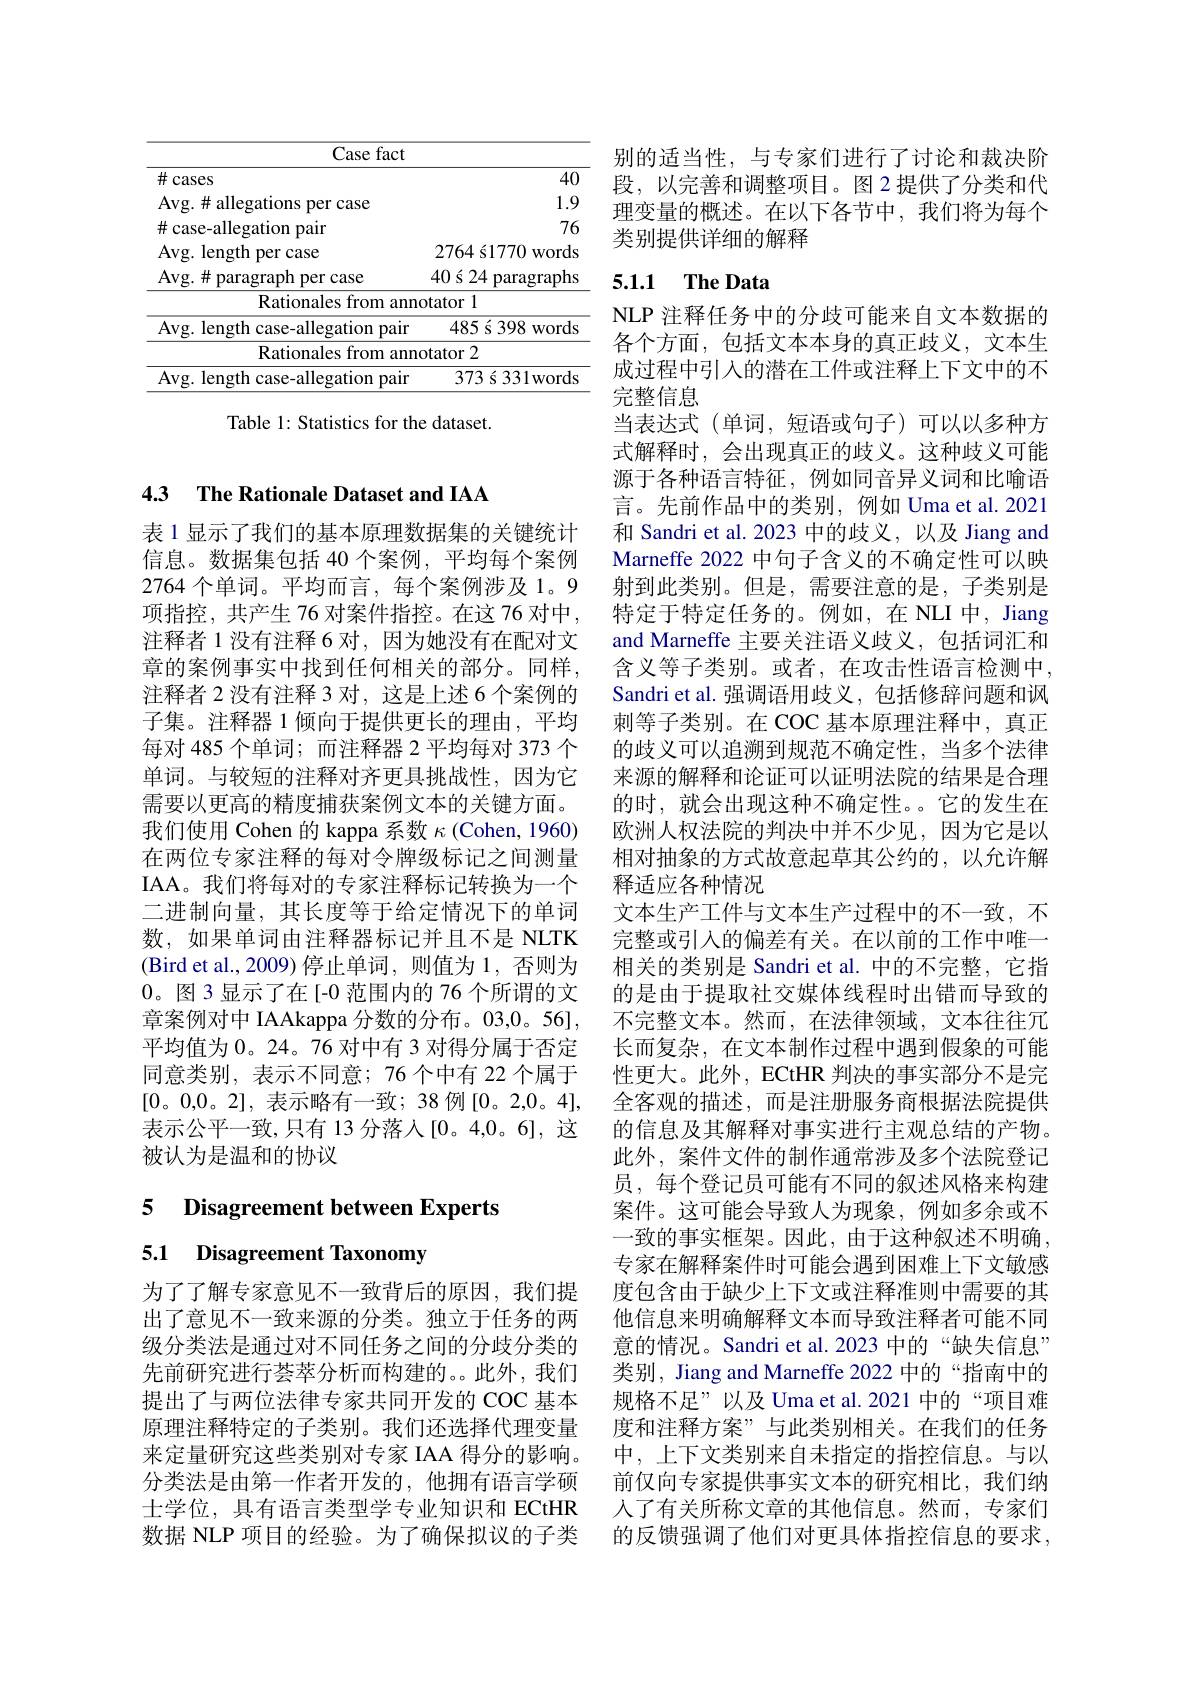
<table>
	<tbody>
		<tr>
			<th>Case fact</th>
			<th> </th>
		</tr>
		<tr>
			<td>$\#$cases</td>
			<td>40</td>
		</tr>
		<tr>
			<td>Avg.#allegations per case</td>
			<td>1.9</td>
		</tr>
		<tr>
			<td>$\#$ case-allegation pair</td>
			<td>76</td>
		</tr>
		<tr>
			<td>Avg.# paragraph per case</td>
			<td>$)\acute{\mathrm{s}}24$ paragraphs</td>
		</tr>
		<tr>
			<td>${\mathrm{Rationales~from~annd}}$</td>
			<td>tor 1</td>
		</tr>
		<tr>
			<td>Avg. length case-allegation pair</td>
			<td>$485\text{\' {s}398}$ 1 WOrds</td>
		</tr>
		<tr>
			<td>${\mathrm{Rationales~from~annc}}$</td>
			<td>$tor2$</td>
		</tr>
		<tr>
			<td>Avg. length case-allegation pair</td>
			<td>$373\text{ \' {s}331words}$</td>
		</tr>
	</tbody>
</table>

Table 1: Statistics for the dataset.

## 4.3 The Rationale Dataset and IAA

表 1 显示了我们的基本原理数据集的关键统计信息。数据集包括 40 个案例，平均每个案例2764 个单词。平均而言，每个案例涉及 1。9项指控，共产生 76 对案件指控。在这 76 对中注释者 1 没有注释 6 对，因为她没有在配对文章的案例事实中找到任何相关的部分。同样， 注释者 2 没有注释 3 对，这是上述 6 个案例的子集。注释器 1 倾向于提供更长的理由，平均每对 485 个单词；而注释器 2 平均每对 373 个单词。与较短的注释对齐更具挑战性，因为它需要以更高的精度捕获案例文本的关键方面。我们使用 Cohen 的 kappa 系数$\kappa$ (Cohen, 1960) 在两位专家注释的每对令牌级标记之间测量IAA。我们将每对的专家注释标记转换为一个二进制向量，其长度等于给定情况下的单词数，如果单词由注释器标记并且不是 NLTK (Bird et al., 2009) 停止单词，则值为 1, 否则为0。图3显示了在[-0 范围内的 76 个所谓的文章案例对中 IAAkappa 分数的分布。03,0。56], 平均值为0。24。76 对中有 3 对得分属于否定同意类别，表示不同意；76个中有 22 个属于[0。0,0。2], 表示略有一致；38 例[0。2,0。4], 表示公平一致，只有 13 分落人[0。4,0。6], 这被认为是温和的协议

### 5 Disagreement between Experts

5.1 Disagreement Taxonomy

为了了解专家意见不一致背后的原因，我们提出了意见不一致来源的分类。独立于任务的两级分类法是通过对不同任务之间的分歧分类的先前研究进行荟萃分析而构建的。此外，我们提出了与两位法律专家共同开发的 COC 基本原理注释特定的子类别。我们还选择代理变量来定量研究这些类别对专家 IAA 得分的影响。分类法是由第一作者开发的，他拥有语言学硕士学位，具有语言类型学专业知识和 ECtHR 数据 NLP 项目的经验。为了确保拟议的子类

别的适当性，与专家们进行了讨论和裁决阶段，以完善和调整项目。图 2 提供了分类和代理变量的概述。在以下各节中，我们将为每个类别提供详细的解释

## 5.1.1 The Data

NLP 注释任务中的分歧可能来自文本数据的各个方面，包括文本本身的真正歧义，文本生成过程中引入的潜在工件或注释上下文中的不完整信息
当表达式(单词，短语或句子)可以以多种方式解释时，会出现真正的歧义。这种歧义可能源于各种语言特征，例如同音异义词和比喻语言。先前作品中的类别，例如 Uma et al.2021和 Sandri et al. 2023 中的歧义，以及 Jiang and Marneffe 2022 中句子含义的不确定性可以映射到此类别。但是，需要注意的是，子类别是特定于特定任务的。例如，在 NLI 中，Jiang and Marneffe 主要关注语义歧义，包括词汇和含义等子类别。或者，在攻击性语言检测中， Sandri et al. 强调语用歧义，包括修辞问题和讽刺等子类别。在 COC 基本原理注释中，真正的歧义可以追溯到规范不确定性，当多个法律来源的解释和论证可以证明法院的结果是合理的时，就会出现这种不确定性。它的发生在欧洲人权法院的判决中并不少见，因为它是以相对抽象的方式故意起草其公约的，以允许解释适应各种情况
文本生产工件与文本生产过程中的不一致，不完整或引入的偏差有关。在以前的工作中唯一相关的类别是 Sandri et al. 中的不完整，它指的是由于提取社交媒体线程时出错而导致的不完整文本。然而，在法律领域，文本往往冗长而复杂，在文本制作过程中遇到假象的可能性更大。此外，ECtHR 判决的事实部分不是完全客观的描述，而是注册服务商根据法院提供的信息及其解释对事实进行主观总结的产物。此外，案件文件的制作通常涉及多个法院登记员，每个登记员可能有不同的叙述风格来构建案件。这可能会导致人为现象，例如多余或不一致的事实框架。因此，由于这种叙述不明确专家在解释案件时可能会遇到困难上下文敏感度包含由于缺少上下文或注释准则中需要的其他信息来明确解释文本而导致注释者可能不同意的情况。Sandri et al. 2023 中的“缺失信息” 类别，Jiang and Marneffe 2022 中的“指南中的规格不足”以及 Uma et al.2021 中的“项目难度和注释方案”与此类别相关。在我们的任务中，上下文类别来自未指定的指控信息。与以前仅向专家提供事实文本的研究相比，我们纳人了有关所称文章的其他信息。然而，专家们的反馈强调了他们对更具体指控信息的要求